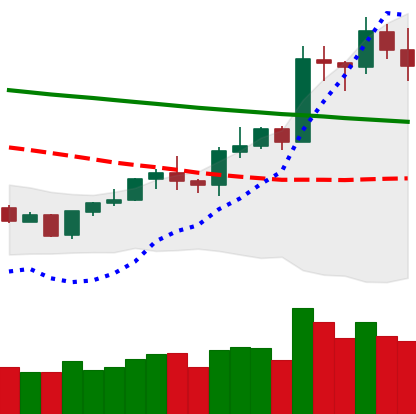
Ticker: LTC-USD
Chart end date: 2020-01-19
Forward return: -5.655%
Label: down_5_7